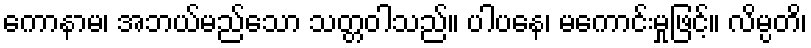
ကောနာမ၊ အဘယ်မည်သော သတ္တဝါသည်။ ပါပနေ၊ မကောင်းမှုဖြင့်။ လိမ္ပတိ၊